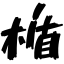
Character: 楯